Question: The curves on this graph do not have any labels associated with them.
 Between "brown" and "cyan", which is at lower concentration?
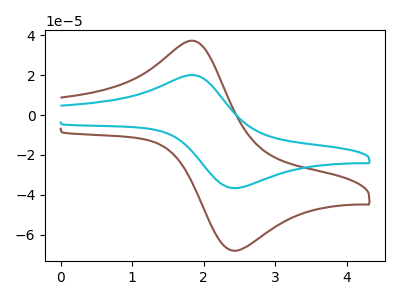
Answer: <think>The brown curve "brown" has an anodic peak at (1.90V, 36.90uA) and a cathodic peak at (2.45V, -68.00uA). The cyan curve "cyan" has an anodic peak at (1.90V, 19.85uA) and a cathodic peak at (2.45V, -36.60uA).
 All the peaks in "brown" have a peak in "cyan" at the same potential. Every peak in "brown" is higher than every peak in "cyan".</think>
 <answer>"brown" has more signal than "cyan" and so likely has a higher concentration.</answer>
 <eval>more_concentration</eval>